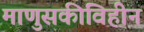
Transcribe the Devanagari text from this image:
माणुसकीविहीन